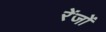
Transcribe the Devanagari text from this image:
रेंजों